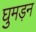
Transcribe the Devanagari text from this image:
घुमड़न